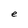
Character: e